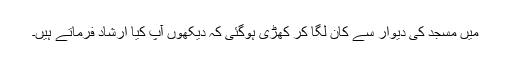
میں مسجد کی دیوار سے کان لگا کر کھڑی ہوگئی کہ دیکھوں آپؐ کیا ارشاد فرماتے ہیں۔